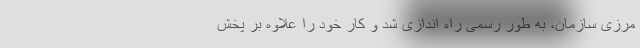
مرزی سازمان، به طور رسمی راه اندازی شد و کار خود را علاوه بر پخش